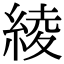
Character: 綾